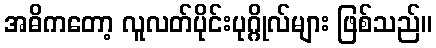
အဓိကတော့ လူလတ်ပိုင်းပုဂ္ဂိုလ်များ ဖြစ်သည်။